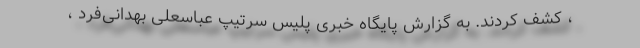
، کشف کردند. به گزارش پایگاه خبری پلیس سرتیپ عباسعلی بهدانی‌فرد ،